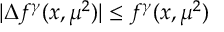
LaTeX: | \Delta f ^ { \gamma } ( x , \mu ^ { 2 } ) | \leq f ^ { \gamma } ( x , \mu ^ { 2 } )